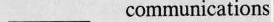
____ communications